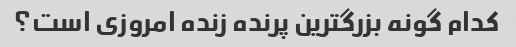
کدام گونه بزرگترین پرنده زنده امروزی است؟